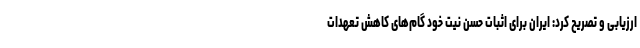
ارزیابی و تصریح کرد: ایران برای اثبات حسن نیت خود گام‌های کاهش تعهدات